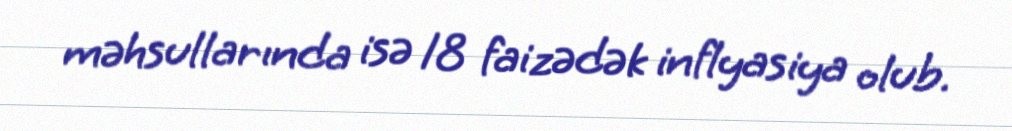
məhsullarında isə 18 faizədək inflyasiya olub.